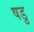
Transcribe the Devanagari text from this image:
षडु